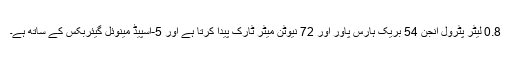
0.8 لیٹر پٹرول انجن 54 بریک ہارس پاور اور 72 نیوٹن میٹر ٹارک پیدا کرتا ہے اور 5-اسپیڈ مینوئل گیئربکس کے ساتھ ہے۔